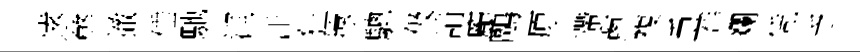
逺弊撤倕馳润汗狂撑驄伋誚龐鷗原遰蔥複重莽斕凭乏